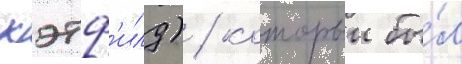
хэтф'илд) / которыи бы́л